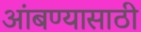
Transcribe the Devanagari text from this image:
आंबण्यासाठी